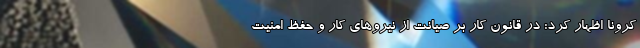
کرونا اظهار کرد: در قانون کار بر صیانت از نیروهای کار و حفظ امنیت